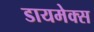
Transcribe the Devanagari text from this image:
डायमेक्स